Annual statistical returns and brief notes on vaccination in Bengal - 1909-1929
Year: 1909
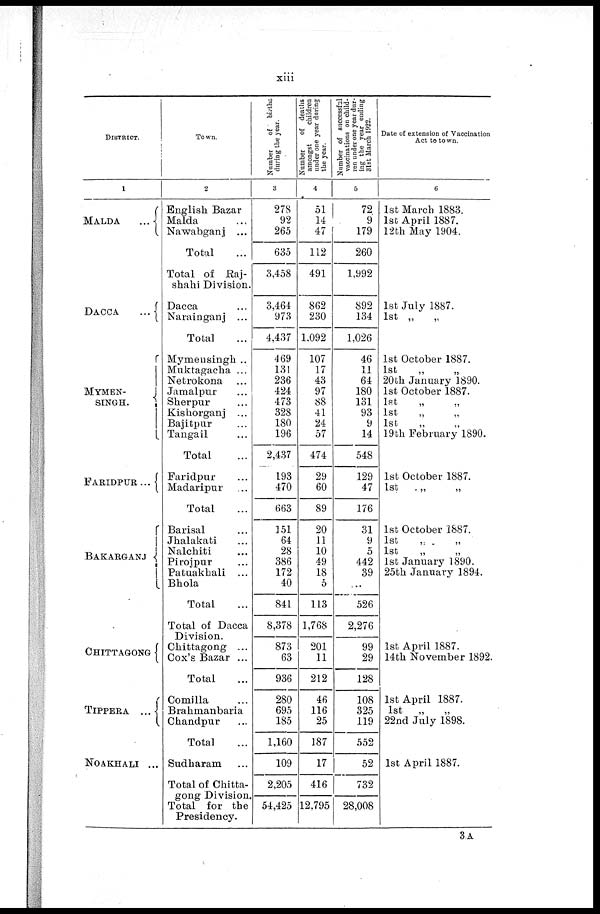
xiii
DISTRICT.
1
MALDA
...
DACCA
...
MYMEN¬
SINGH.
FARIDPUR...
BAKARGANJ
CHITTAGONG
TIPPERA ...
NOAKHALI ...
Town.
2
English Bazar
Malda ...
Nawabganj ...
Total ...
Total of Raj¬
shahi Division.
Dacca ...
Narainganj ...
Total ...
Mymensingh ..
Muktagacha ...
Netrokona ...
Jamalpur ...
Sherpur ...
Kishorganj ...
Bajitpur ...
Tangail ...
Total ...
Faridpur ...
Madaripur ...
Total ...
Barisal ...
Jhalakati ...
Nalchiti ...
Pirojpur ...
Patuakhali ...
Bhola ...
Total
Total of Dacca
Division.
Chittagong ...
Cox's Bazar ...
Total ...
Comilla ...
Brahmanbaria
Chandpur ...
Total ...
Sudharam ...
Total of Chitta-
gong Division.
Total for the
Presidency.
Number of births
during the year.
3
278
92
265
635
3,458
3,464
973
4,437
469
131
236
424
473
328
180
196
2,437
193
470
663
151
64
28
386
172
40
841
8,378
873
63
936
280
695
185
1,160
109
2,205
54,425
Number of deaths
amongst
children
under one year during
the year.
4
51
14
47
112
491
862
230
1,092
107
17
43
97
88
41
24
57
474
29
60
89
20
11
10
49
18
5
113
1,768
201
11
212
46
116
25
187
17
416
12,795
Number of successful
vaccinations on child-
ren under one year dur-
ing the year ending
31st March 1922.
5
72
9
179
260
1,992
892
134
1,026
46
11
64
180
131
93
9
14
548
129
47
176
31
9
5
442
39
...
526
2,276
99
29
128
108
325
119
552
52
732
28,008
Date of extension of Vaccination
Act to town.
6
1st March 1883.
1st April 1887.
12th May 1904.
1st July 1887.
1st „ „
1st October 1887.
1st
„
„
20th January 1890.
1st October 1887.
1st „ „
1st
„
„
1st
„
„
19th February 1890.
1st October 1887.
1st
„
„
1st October 1887.
1st „ „
1st
„
„
1st January 1890.
25th January 1894.
1st April 1887.
14th November 1892.
1st April 1887.
1st „
„
22nd July 1898.
1st April 1887.
3A